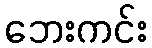
ဘေးကင်း